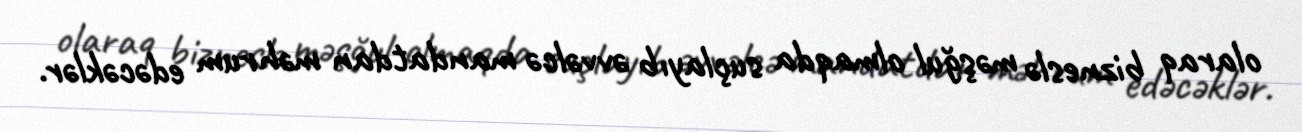
olaraq bizneslə məşğul olmaqda suçlayıb əvvəlcə mandatdan məhrum edəcəklər.